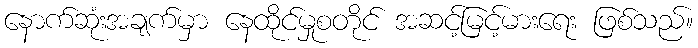
နောက်ဆုံးအချက်မှာ နေထိုင်မှုစတိုင် အဆင့်မြင့်မားရေး ဖြစ်သည်။